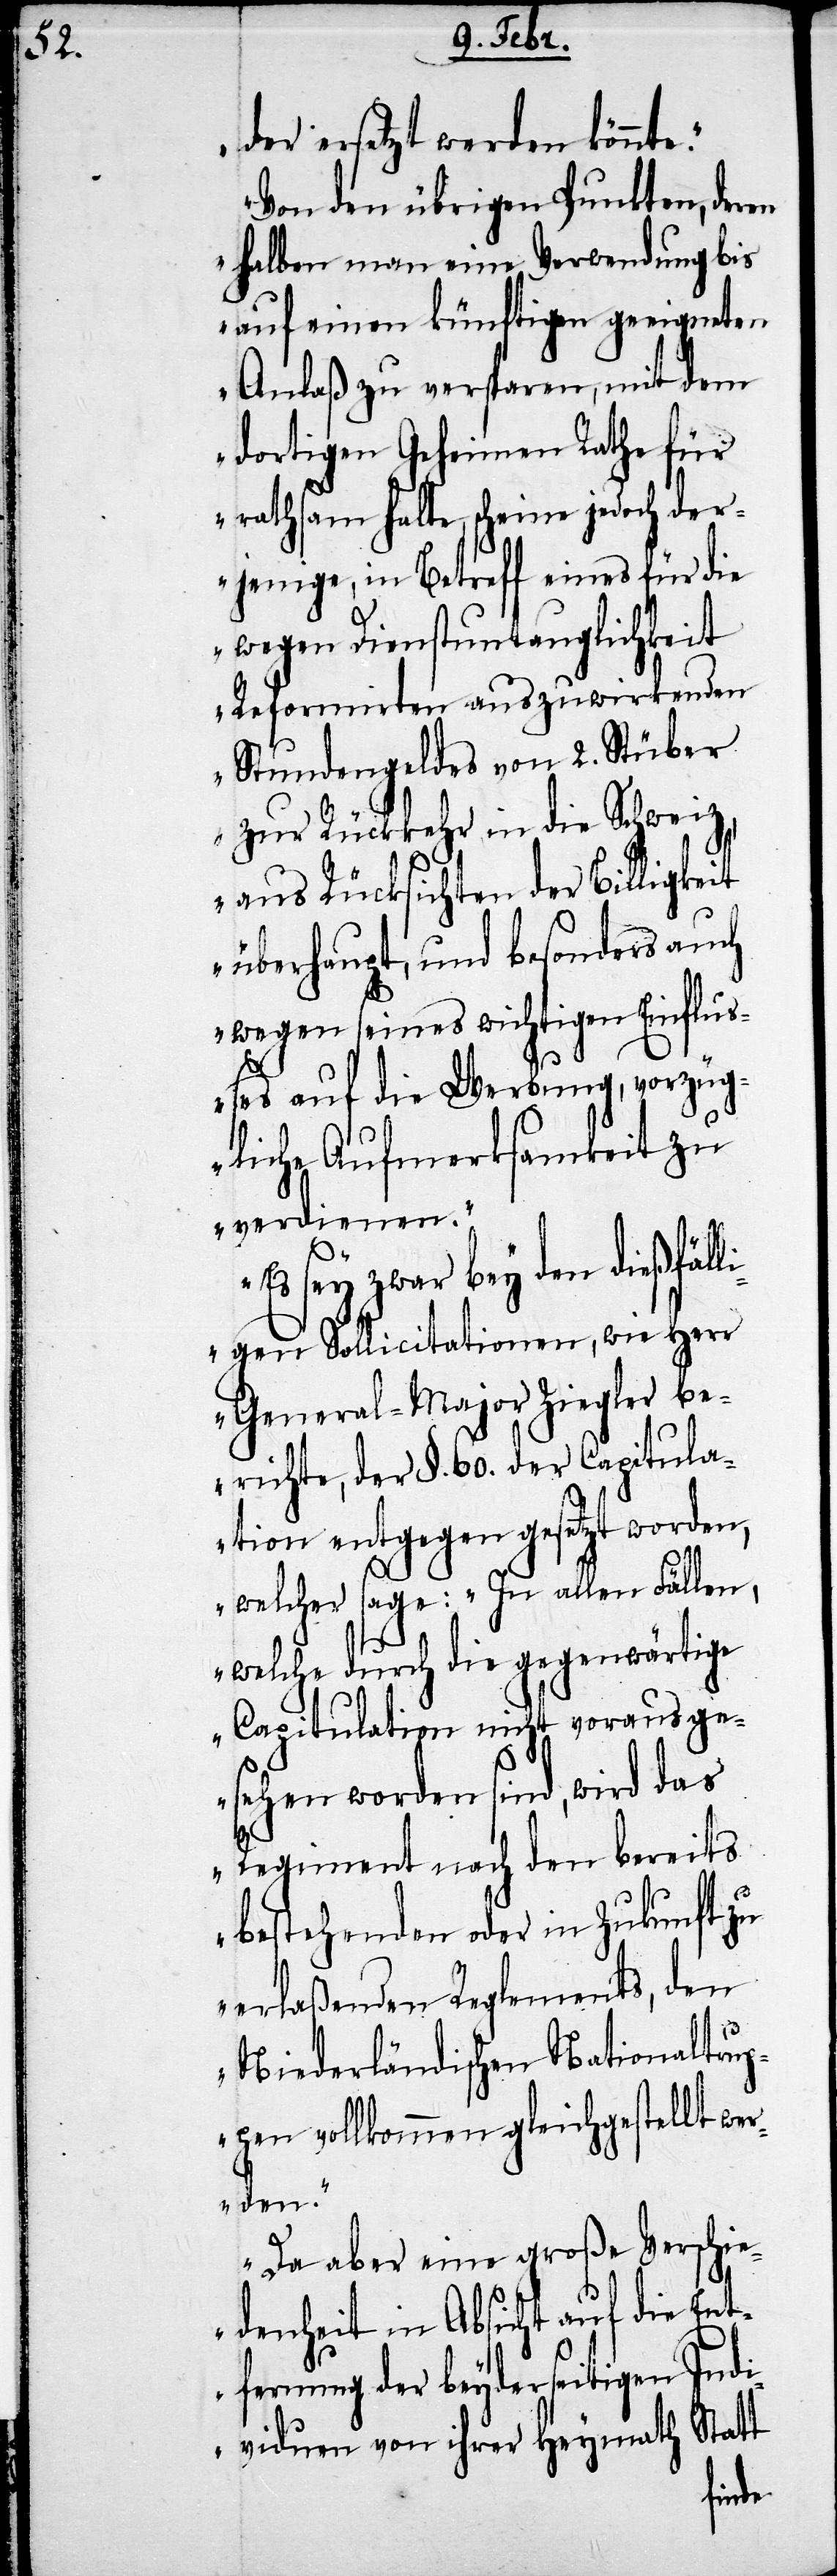
der ersetzt werden könnte.
Von den übrigen Punkten, deren
selben man eine Verwendung bis
auf einen künftigen geeigneten
Anlaß zu versparen, mit dem
dortigen Geheimen Rathe für
rathsam halte, scheine jedoch der¬
jenige, in Betreff eines für die
wegen Dienstuntauglichkeit
Reformirten auszuwirkenden
Stundengeldes von 2. Stüber
zur Rückkehr in die Schweiz,
aus Rücksichten der Billigkeit
überhaupt, und besonders auch
wegen seines wichtigen Einflus¬
ses auf die Werbung, vorzüg¬
liche Aufmerksamkeit zu
verdienen.
Es sey zwar bey den dießfäll¬
igen Sollicitationen, wie Herr
General-Major Ziegler be¬
richte, der §. 60. der Capitula¬
tion entgegen gesetzt worden,
welcher sage: „In allen Fällen,
welche durch die gegenwärtige
Capitulation nicht vorausge¬
sehen worden sind, wird das
Regiment nach den bereits
bestehenden oder in Zukunft zu
erlaßenden Reglements, den
Niederländischen Nationaltrup¬
pen vollkommen gleichgestellt wer¬
den.“
Da aber eine große Verschie¬
denheit in Absicht auf die Ent¬
fernung der beyderseitigen Indi¬
viduen von ihrer Heymath Statt